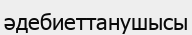
әдебиеттанушысы